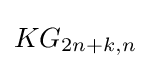
KG_{2n+k,n}